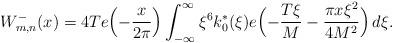
LaTeX: \begin{align*}W_{m, n}^-(x) = 4 T e\Bigl( - \frac{x}{2 \pi} \Bigr) \int_{-\infty}^\infty \xi^6 k_0^*(\xi) e\Bigl( -\frac{T\xi}{M} - \frac{\pi x \xi^2}{4 M^2} \Bigr) \, d \xi.\end{align*}